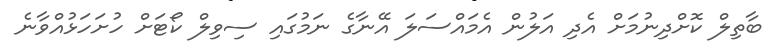
ބާތިލް ކޮށްދިނުމަށް އެދި އަލުން އެމައްސަލަ އޭނާގެ ނަމުގައި ސިވިލް ކޯޓަށް ހުށަހަޅުއްވާނެ